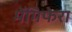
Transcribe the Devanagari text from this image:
मेंगिफेरा